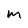
Character: m